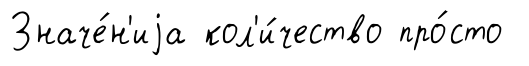
Значе́н'иjа кол'и́чество про́сто